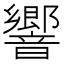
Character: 響